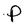
Character: p